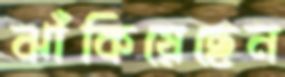
ঝাঁকিয়েছেন